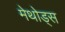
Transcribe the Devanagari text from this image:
मेथोड्स